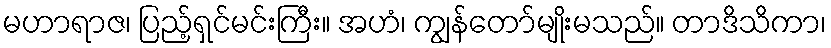
မဟာရာဇ၊ ပြည့်ရှင်မင်းကြီး။ အဟံ၊ ကျွန်တော်မျိုးမသည်။ တာဒိသိကာ၊